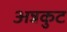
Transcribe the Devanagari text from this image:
अन्नकुट